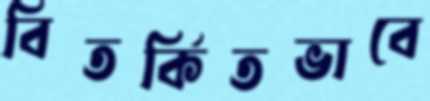
বিতর্কিতভাবে